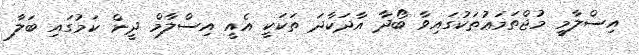
އިސްލާމީ މުޖްތަމަޢުތަކުގައިވާ ބޯދާ އާދަކާދަ ތަކަކީ އެއީ އިސްލާމް ދީން ކަމުގައި ބަލާ